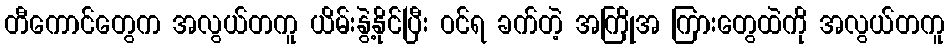
တီကောင်တွေက အလွယ်တကူ ယိမ်းနွဲ့နိုင်ပြီး ဝင်ရ ခက်တဲ့ အကြိုအ ကြားတွေထဲကို အလွယ်တကူ